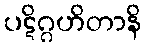
ပဋိဂ္ဂဟိတာနိ